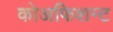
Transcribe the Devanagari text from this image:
कोअफिशन्ट